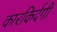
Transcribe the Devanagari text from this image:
कारकिर्दगी